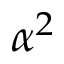
\alpha ^ { 2 }